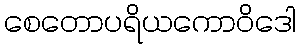
စေတောပရိယကောဝိဒေါ